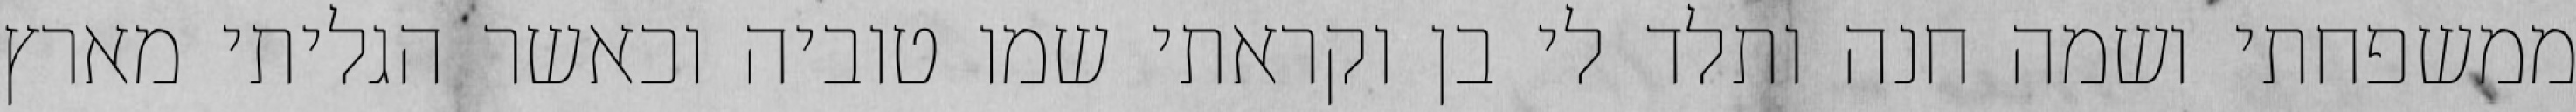
ממשפחתי ושמה חנה ותלד לי בן וקראתי שמו טוביה וכאשר הגליתי מארץ